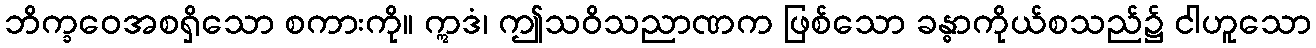
ဘိက္ခဝေအစရှိသော စကားကို။ ဣဒံ၊ ဤသဝိသညာဏက ဖြစ်သော ခန္ဓာကိုယ်စသည်၌ ငါဟူသော